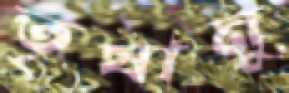
তৃষানু